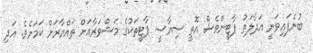
ބުނެފައިވަނީ އަދާލަތު ޕާޓީންވެސް އޮތީ ސިޔާސީ ޕާޓީތަކުގެ މަޝްވަރާއަށް ތައްޔާރަށް ކަމަށެވެ. އަދި